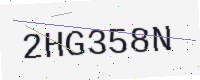
Text: 2HG358N